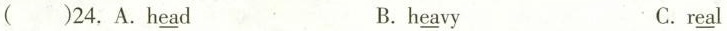
( )24, A.H\underline{ea} d B. h\underline{ea} vy C.r\underline{ea} l